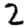
Digit: 2